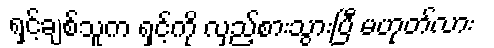
ရှင့်ချစ်သူက ရှင့်ကို လှည့်စားသွားပြီ မဟုတ်လား